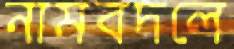
নামবদলে